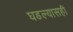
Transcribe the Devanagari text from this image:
घडल्यासही